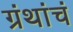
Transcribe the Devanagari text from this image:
ग्रंथांचं